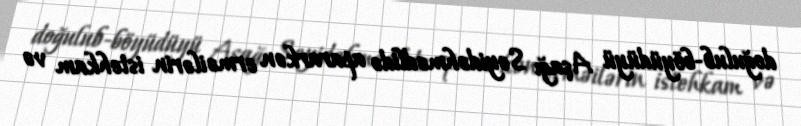
doğulub-böyüdüyü Aşağı Seyidəhmədlidə apararkən erməilərin istehkam və